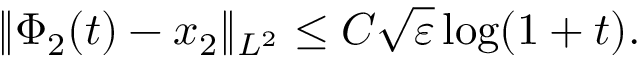
\| \Phi _ { 2 } ( t ) - x _ { 2 } \| _ { L ^ { 2 } } \leq C \sqrt { \varepsilon } \log ( 1 + t ) .